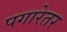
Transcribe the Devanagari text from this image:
पगारेतर